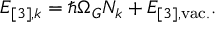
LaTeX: E _ { [ 3 ] , k } = \hbar \Omega _ { G } N _ { k } + E _ { [ 3 ] , \mathrm { v a c . } } .